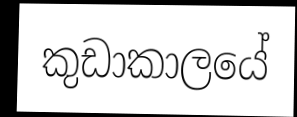
කුඩාකාලයේ